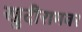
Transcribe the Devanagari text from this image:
खुदीरामवर